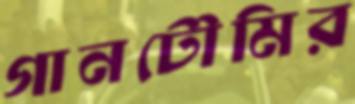
গানটৌমির